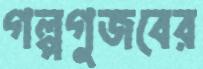
গল্পগুজবের